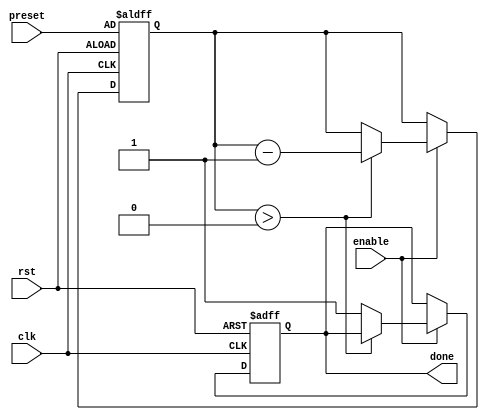
module CountdownTimer (
  input wire clk,  // clock signal
  input wire rst,  // reset signal
  input wire enable,  // enable signal
  input wire [31:0] preset,  // initial value for countdown timer
  output reg done  // output signal indicating countdown has reached zero
);

reg [31:0] counter;  // countdown counter

always @(posedge clk or posedge rst) begin
  if (rst) begin
    counter <= preset;  // initialize counter with preset value on reset
    done <= 0;  // reset done signal
  end else begin
    if (enable) begin
      if (counter > 0) begin
        counter <= counter - 1;  // decrement counter every clock cycle
      end else begin
        done <= 1;  // set done signal when countdown reaches zero
      end
    end
  end
end

endmodule